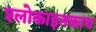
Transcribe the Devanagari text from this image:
श्लोकाइतकाच